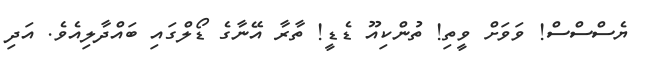
ޔެސްސްސް! ވަވަށް ވީތި! ތުންކިއޫ ޑެޑީ! ތާރާ އޭނާގެ ޑޯލްގައި ބައްދާލިއެވެ. އަދި